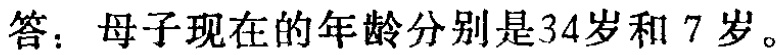
答：母子现在的年龄分别是34岁和 7 岁。